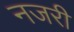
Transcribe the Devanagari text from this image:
नजरी